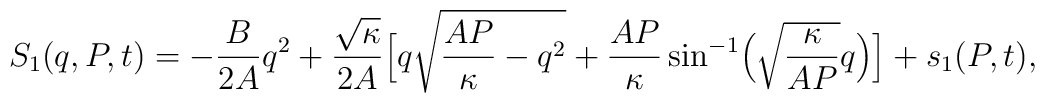
S_{1}(q,P,t)=-\frac{B  }{2A }q^{2}+ \frac{\sqrt{\kappa}}{2 A }\Bigl[q\sqrt{\frac{A P}{\kappa}-q^{2}}+\frac{A P}{\kappa}\sin^{-1}\Bigl(\sqrt{\frac{\kappa}{A P}}q\Bigr)\Bigr]+s_{1}(P,t),